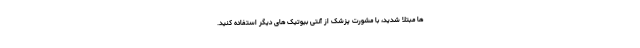
ها مبتلا شدید، با مشورت پزشک از آنتی بیوتیک های دیگر استفاده کنید.